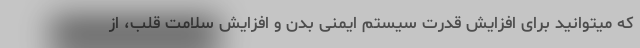
که میتوانید برای افزایش قدرت سیستم ایمنی بدن و افزایش سلامت قلب، از